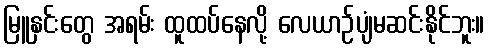
မြူနှင်းတွေ အရမ်း ထူထပ်နေလို့ လေယာဉ်ပျံမဆင်းနိုင်ဘူး။